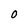
Character: 0